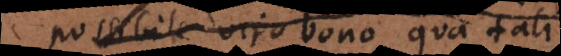
possibile viro bono qua tali;